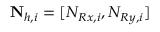
\mathbf { N } _ { h , i } = [ N _ { R x , i } , N _ { R y , i } ]